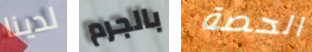
لدينا بالجرم الحصة